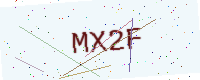
Text: MX2F